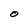
Character: O